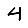
Digit: 4